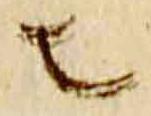
者